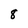
Character: 8